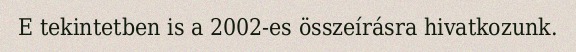
E tekintetben is a 2002-es összeírásra hivatkozunk.